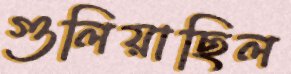
গুলিয়াছিল